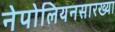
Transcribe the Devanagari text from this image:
नेपोलियनसारख्या